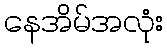
နေအိမ်အလုံး